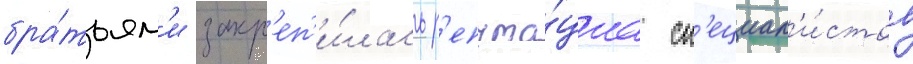
бра́тьям'и закр'еп'и́лась р'епута́циа сп'ециал'и́стов